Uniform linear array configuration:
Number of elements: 64
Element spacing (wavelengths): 0.25
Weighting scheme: exponential
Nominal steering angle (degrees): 15
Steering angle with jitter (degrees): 15.383
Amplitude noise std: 0.05
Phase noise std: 0.05

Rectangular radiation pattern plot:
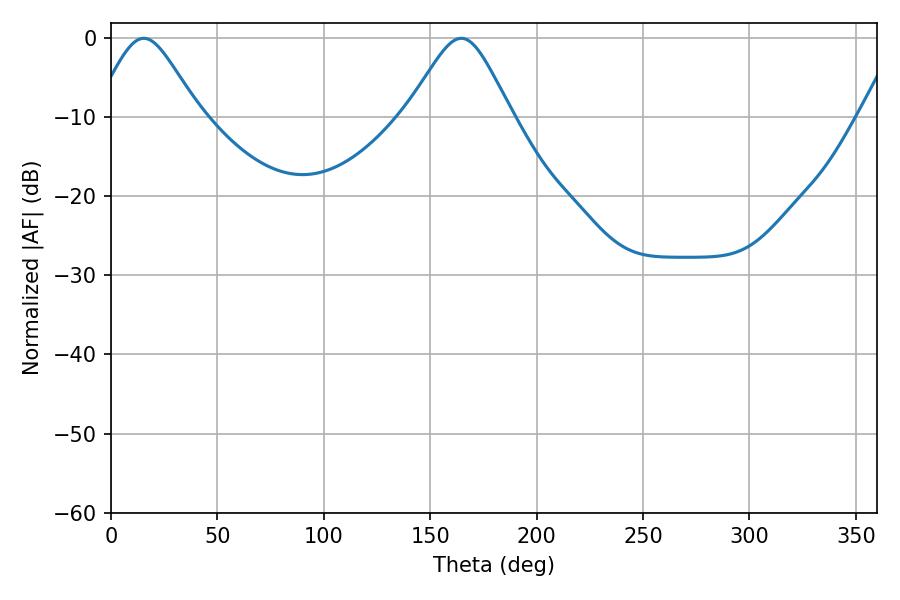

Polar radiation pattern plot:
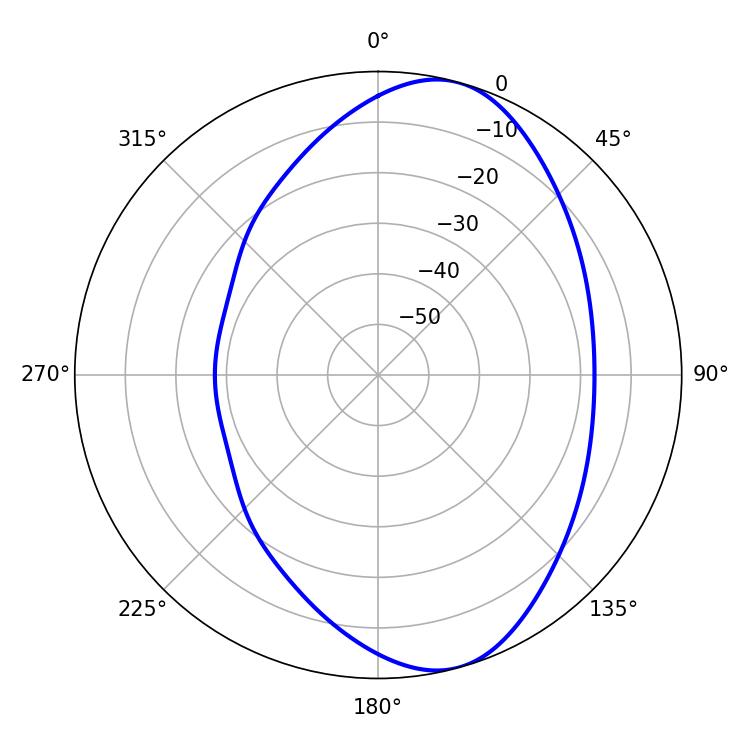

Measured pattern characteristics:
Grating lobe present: FALSE
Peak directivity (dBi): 8.219
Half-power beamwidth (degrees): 23.94
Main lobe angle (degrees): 15.48